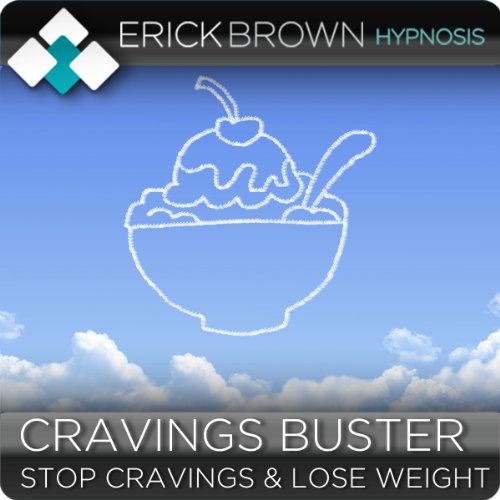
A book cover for Cravings Buster, Stop Cravings and Lose Weight with Hypnosis & Meditation: Better Health and Diet Help; Erick Brown; Health, Fitness & Dieting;